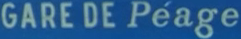
GARE DE Péage